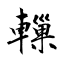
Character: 轈